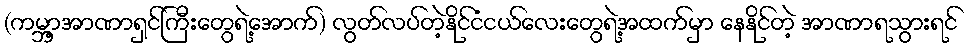
(ကမ္ဘာ့အာဏာရှင်ကြီးတွေရဲ့အောက်) လွတ်လပ်တဲ့နိုင်ငံငယ်လေးတွေရဲ့အထက်မှာ နေနိုင်တဲ့ အာဏာရသွားရင်